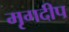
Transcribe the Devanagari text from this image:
मृगदीप